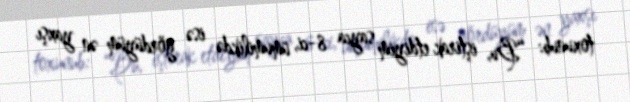
toxunub: “Bu, iştirak etdiyim sayca 8-ci, ümumilikdə isə gördüyüm ən yaxşı